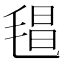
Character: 𣮑